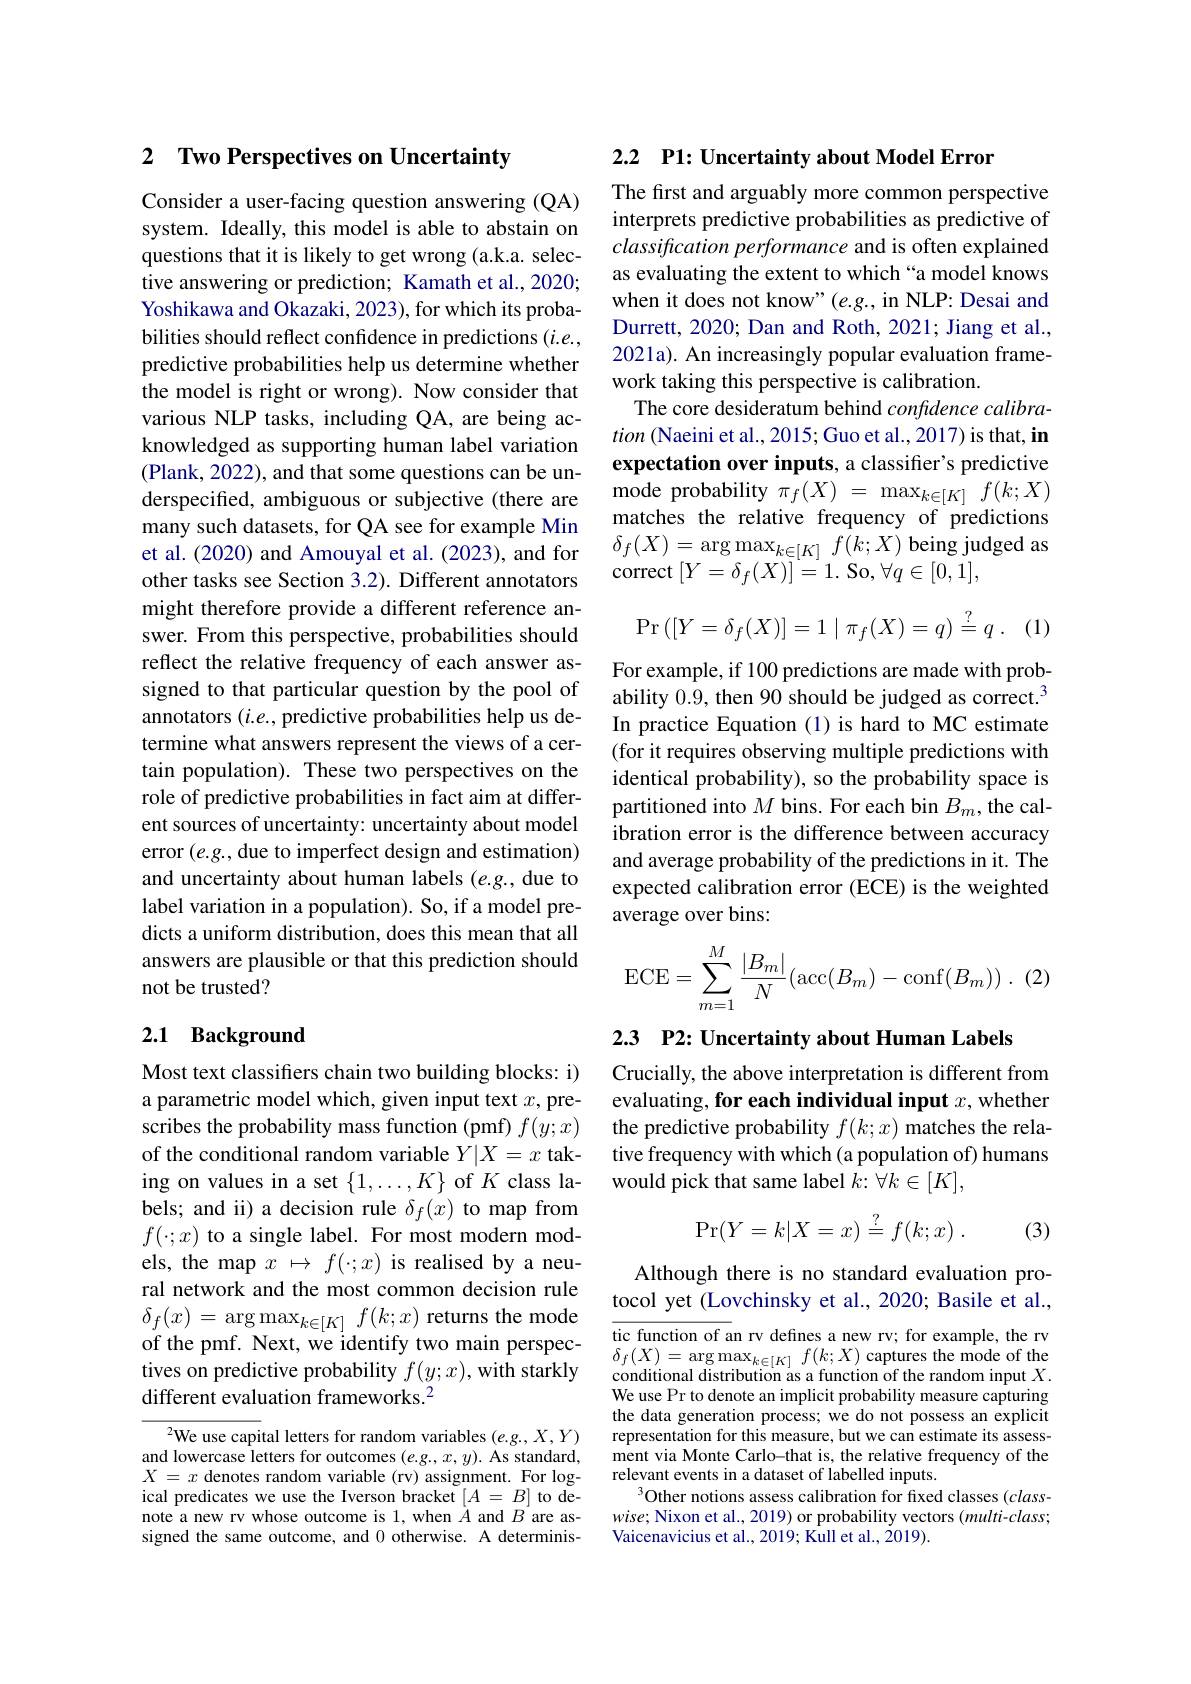
# 2 Two Perspectives on Uncertainty

Consider a user-facing question answering (QA) system. Ideally, this model is able to abstain on questions that it is likely to get wrong (a.k.a. selective answering or prediction; Kamath et al., 2020; Yoshikawa and Okazaki, 2023), for which its probabilities should reflect confidence in predictions $(i.e.$, predictive probabilities help us determine whether the model is right or wrong). Now consider that various NLP tasks, including QA, are being acknowledged as supporting human label variation (Plank, 2022), and that some questions can be underspecified, ambiguous or subjective (there are many such datasets, for QA see for example Min et al.(2020) and Amouyal et al.(2023), and for other tasks see Section 3.2). Different annotators might therefore provide a different reference answer. From this perspective, probabilities should reflect the relative frequency of each answer assigned to that particular question by the pool of annotators $(i.e.$, predictive probabilities help us determine what answers represent the views of a certain population). These two perspectives on the role of predictive probabilities in fact aim at different sources of uncertainty: uncertainty about model error $(e.g.$,due to imperfect design and estimation) and uncertainty about human labels (e.g., due to label variation in a population). So, if a model predicts a uniform distribution, does this mean that all answers are plausible or that this prediction should not be trusted?

## 2.1 Background

Most text classifers chain two building blocks: i) a parametric model which, given input text $x$, prescribes the probability mass function (pmf) $f(y;x)$ of the conditional random variable $Y|X=x$ taking on values in a set $\{1,\ldots,K\}$ of $K$ class labels; and ii) a decision rule $\delta_f(x)$ to map from $f(\cdot;x)$ to a single label. For most modern models, the map $x\mapsto f(\cdot;x)$ is realised by a neural network and the most common decision rule $\delta_{f}(x)=\arg\max_{k\in[K]}f(k;x)$ returns the mode of the pmf. Next, we identify two main perspectives on predictive probability $f(y;x)$, with starkly different evaluation frameworks.$^{2}$

$^{2}$We use capital letters for random variables $(e.g.,X,Y)$ and lowercase letters for outcomes $(e.g.,x,y).$ As standard, $X=x$ denotes random variable (rv) assignment. For logical predicates we use the Iverson bracket $[A=B]$ to denote a new rv whose outcome is 1, when $\dot{A}$ and $B$ are assigned the same outcome, and 0 otherwise. A determinis-

2.2 P1: Uncertainty about Model Error

The first and arguably more common perspective interprets predictive probabilities as predictive of classification performance and is often explained as evaluating the extent to which“a model knows when it does not know" $(e.g.$, in NLP: Desai and Durrett, 2020; Dan and Roth, 2021; Jiang et al., 2021a). An increasingly popular evaluation framework taking this perspective is calibration.
The core desideratum behind confidence calibration (Naeini et al., 2015; Guo et al., 2017) is that, in expectation over inputs, a classifier's predictive ${\mathrm{mode~probability~}\pi_{f}(X)~=~\max_{k\in[K]}~f(k;X)}$ matches the relative frequency of predictions $\delta_{f}(X)=\arg\max_{k\in[K]}f(k;X)$ being judged as $\operatorname{correct}\left[Y=\delta_{f}(X)\right]=1.\operatorname{So,}\forall q\in[0,1]$,
$$\mathrm{Pr}\left([Y=\delta_{f}(X)]=1\mid\pi_{f}(X)=q\right)\stackrel{?}{=}q\:.$$
(1)

For example, if 100 predictions are made with probability 0.9, then 90 should be judged as correct.$^3$ In practice Equation (1) is hard to MC estimate (for it requires observing multiple predictions with identical probability), so the probability space is partitioned into $M$ bins. For each bin $B_m$,the calibration error is the difference between accuracy and average probability of the predictions in it. The expected calibration error (ECE) is the weighted average over bins:
$$\mathrm{ECE}=\sum_{m=1}^{M}\frac{|B_m|}{N}(\mathrm{acc}(B_m)-\mathrm{conf}(B_m))\:.\:(2$$
2.3 P2: Uncertainty about Human Labels

Crucially, the above interpretation is different from evaluating, for each individual input $x$,whether the predictive probability $f(k;x)$ matches the relative frequency with which (a population of) humans would pick that same label $k{:}\forall k\in[K]$,
$$\mathrm{Pr}(Y=k|X=x)\stackrel{?}{=}f(k;x)\:.$$
(3)

Although there is no standard evaluation protocol yet (Lovchinsky et al., 2020; Basile et al.,

$\overline{\text{tic function of an rv defines a new rv; for example, the rv}}$ $\begin{array}{l}{\delta_{f}(X)=\arg\max_{k\in[K]}f(k;X)\text{captures the mode of the}}\\{\text{conditional distribution as a function of the random input }X.}\end{array}$ We use Pr to denote an implicit probability measure capturing the data generation process; we do not possess an explicit representation for this measure, but we can estimate its assessment via Monte Carlo-that is, the relative frequency of the relevant events in a dataset of labelled inputs.
$^3$Other notions assess calibration for fixed classes (class- $wise;$ Nixon et al., 2019) or probability vectors (multi-class; Vaicenavicius et al., 2019; Kull et al., $\tilde{2}019).$